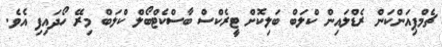
ޗެމްޕިއަންކަން ރެޑްލައިން ކްލަބް ބަލިކޮށް ޓީރެކްސް ބާސްކެޓްބޯލް ކްލަބް މިރޭ ހޯދައިފި އެވެ.